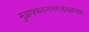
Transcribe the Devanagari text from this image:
मुझफ्फरनगरजवळच्या